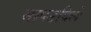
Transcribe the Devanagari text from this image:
सापडविले